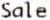
SALE